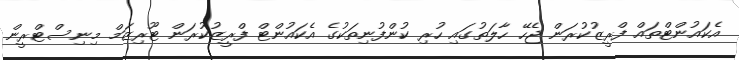
އެކައުންޓްތައް ފްރީޒުކުރަން ޖެހޭ ހާލަތުގައި ހުރި ކުންފުނިތަކުގެ އެކައުންޓް ފްރީޒުކުރަން ޓޫރިޒަމް މިނިސްޓްރީން